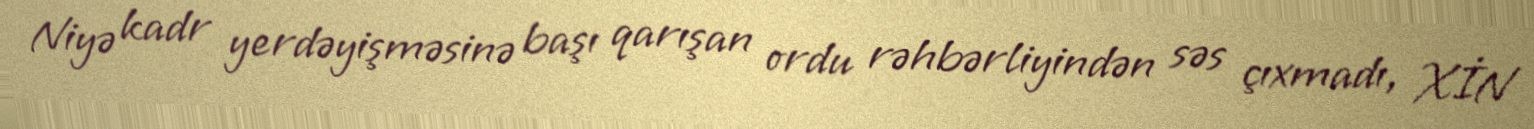
Niyə kadr yerdəyişməsinə başı qarışan ordu rəhbərliyindən səs çıxmadı, XİN